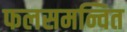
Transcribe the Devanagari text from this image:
फलसमन्वित